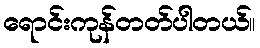
ရောင်းကုန်တတ်ပါတယ်။